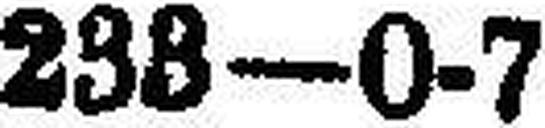
238—0-7